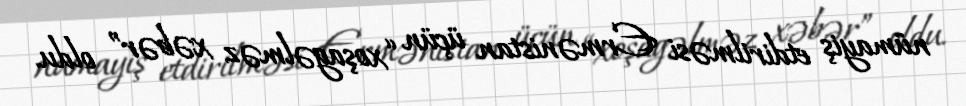
nümayiş etdirilməsi Ermənistan üçün “xoşagəlməz xəbər” oldu.